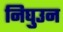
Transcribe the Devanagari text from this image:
निघुउन